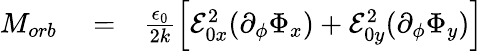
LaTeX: \begin{array}{rlr}{M_{orb}}&{{}=}&{\frac{\epsilon_{0}}{2k}\left[\mathcal{E}_{0x}^{2}(\partial_{\phi}\Phi_{x})+\mathcal{E}_{0y}^{2}(\partial_{\phi}\Phi_{y})\right]}\end{array}